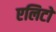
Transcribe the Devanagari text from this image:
एलिटो